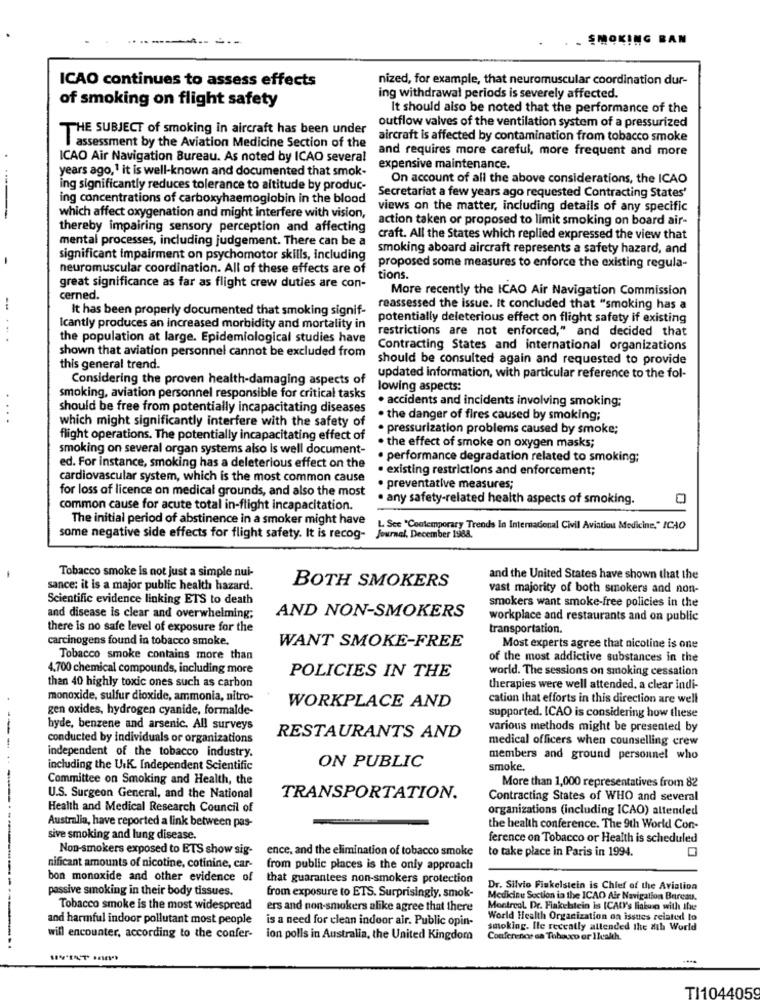
----------
- SMOKING BAN
ICAO continues to assess effects
nized, for example, that neuromuscular coordination dur-
of smoking on flight safety
ing withdrawal periods is severely affected.
It should also be noted that the performance of the
outflow valves of the ventilation system of a pressurized
THE SUBJECT of smoking in aircraft has been under
aircraft is affected by contamination from tobacco smoke
assessment by the Aviation Medicine Section of the
and requires more careful, more frequent and more
ICAO Air Navigation Bureau. As noted by ICAO several
years ago,1 it is well-known and documented that smok-
expensive maintenance.
On account of all the above considerations, the ICAO
ing significantly reduces tolerance to altitude by produc-
ing concentrations of carboxyhaemoglobin in the blood
Secretariat a few years ago requested Contracting States'
views on the matter, including details of any specific
which affect oxygenation and might interfere with vision,
action taken or proposed to limit smoking on board air-
thereby impairing sensory perception and affecting
mental processes, including judgement. There can be a
craft. All the States which replied expressed the view that
smoking aboard aircraft represents a safety hazard, and
significant impairment on psychomotor skills, including
neuromuscular coordination. All of these effects are of
proposed some measures to enforce the existing regula-
great significance as far as flight crew duties are con-
tions.
More recently the ICAO Air Navigation Commission
cerned.
It has been properly documented that smoking signif-
reassessed the issue. It concluded that "smoking has a
potentially deleterious effect on flight safety if existing
Icantly produces an increased morbidity and mortality in
restrictions are not enforced," and decided that
....
the population at large. Epidemiological studies have
shown that aviation personnel cannot be excluded from
Contracting States and international organizations
should be consulted again and requested to provide
this general trend.
Considering the proven health-damaging aspects of
updated information, with particular reference to the fol-
lowing aspects:
smoking, aviation personnel responsible for critical tasks
. accidents and incidents involving smoking;
should be free from potentially incapacitating diseases
...
which might significantly interfere with the safety of
. the danger of fires caused by smoking;
. pressurization problems caused by smoke;
flight operations. The potentially incapacitating effect of
smoking on several organ systems also is well document-
. the effect of smoke on oxygen masks;
· performance degradation related to smoking;
ed. For instance, smoking has a deleterious effect on the
· existing restrictions and enforcement;
cardiovascular system, which is the most common cause
for loss of licence on medical grounds, and also the most
. preventative measures;
. any safety-related health aspects of smoking.
common cause for acute total in-flight incapacitation.
The initial period of abstinence in a smoker might have
L. See "Contemporary Trends In Internacional Civil Aviation Medicine." ICAO
some negative side effects for flight safety. It is recog- Journal. December 1988.
Tobacco smoke is not just a simple nui-
and the United States have shown that the
sance: it is a major public health hazard.
BOTH SMOKERS
vast majority of both smokers and non-
Scientific evidence linking ETS to death
smokers want smoke-free policies in the
and disease is clear and overwhelming;
AND NON-SMOKERS
workplace and restaurants and on public
there is no safe level of exposure for the
transportation.
carcinogens found in tobacco smoke,
WANT SMOKE-FREE
Most experts agree that nicotine is one
Tobacco smoke contains more than
of the most addictive substances in the
4.700 chemical compounds, including more
world. The sessions on smoking cessation
POLICIES IN THE
than 40 highly toxic ones such as carbon
therapies were well attended, a clear indi-
monoxide, sulfur dioxide, ammonia, nitro-
WORKPLACE AND
cation that efforts in this direction are well
gen oxides, hydrogen cyanide, formalde-
supported. ICAO is considering how these
hyde, benzene and arsenic. All surveys
various methods might be presented by
conducted by individuals or organizations
RESTAURANTS AND
medical officers when counselling crew
independent of the tobacco industry.
members and ground personnel who
including the U.K. Independent Scientific
ON PUBLIC
smoke,
--
Committee on Smoking and Health, the
More than 1,000 representatives from 82
U.S. Surgeon General, and the National
TRANSPORTATION.
Contracting States of WHO and several
Health and Medical Research Council of
organizations (including ICAO) attended
Australia, have reported a link between pas-
the health conference. The 9th World Con-
sive smoking and lung disease.
ference on Tobacco or Health is scheduled
Non-smokers exposed to ETS show sig-
ence, and the elimination of tobacco smoke
to take place in Paris in 1994.
nificant amounts of nicotine, cotinine, car-
from public places is the only approach
bon monoxide and other evidence of
that guarantees non-smokers protection
passive smoking in their body tissues.
Dr. Silvio Finkelstein is Chief of the Aviation
from exposure to ETS. Surprisingly, smok-
Medicinu Section in the ICAO Air Navigation Bureau.
Tobacco smoke is the most widespread
ers and non-smokers alike agree that there
Montreal Dr. Finkelstein is ICAOY's liaiwo with the
and harmful indoor pollutant most people
is a need for clean indoor air. Public opin-
World Health Organization on issues related to
smoking. Ile recently attended the ath World
will encounter, according to the confer-
ion polls in Australia, the United Kingdom
Conference sa Tabaco or 1health.
TI1044059